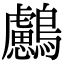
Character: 𪇸